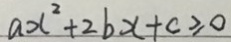
a x ^ { 2 } + 2 b x + c \geq 0